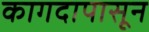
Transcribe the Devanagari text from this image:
कागदापासून